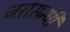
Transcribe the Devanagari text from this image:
जरासन्धी